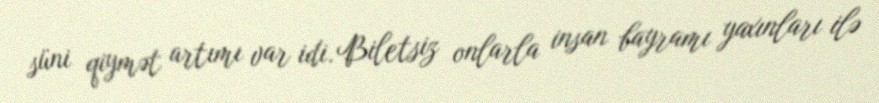
süni qiymət artımı var idi. Biletsiz onlarla insan bayramı yaxınları ilə